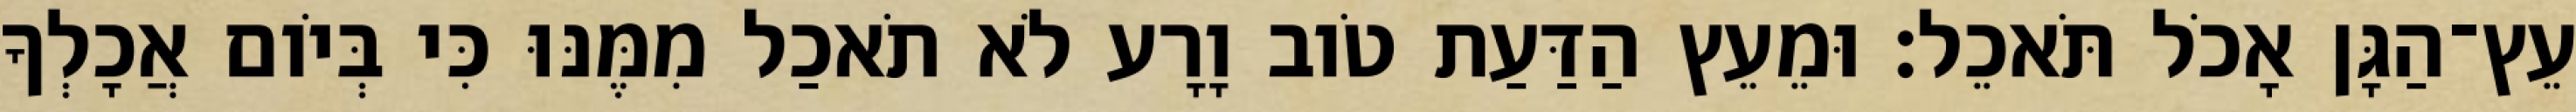
עֵץ־הַגָּן אָכֹל תֹּאכֵל׃ וּמֵעֵץ הַדַּעַת טֹוב וָרָע לֹא תֹאכַל מִמֶּנּוּ כִּי בְּיֹום אֲכָלְךָ